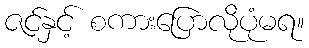
ဇင်နှင့် စကားပြောလိုပုံမရ။